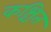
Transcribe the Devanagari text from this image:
कश्चित